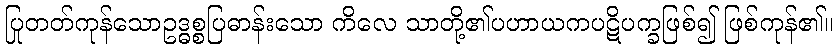
ပြုတတ်ကုန်သောဥဒ္ဓစ္စပြဓာန်းသော ကိလေ သာတို့၏ပဟာယကပဋိပက္ခဖြစ်၍ ဖြစ်ကုန်၏။